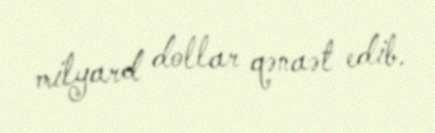
milyard dollar qənaət edib.